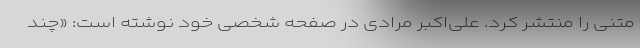
متنی را منتشر کرد. علی‌اکبر مرادی در صفحه شخصی خود نوشته است: «چند